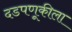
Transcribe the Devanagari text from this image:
दडपणूकीला